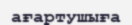
ағартушыға